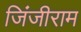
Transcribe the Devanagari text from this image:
जिंजीराम